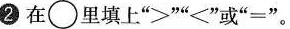
2 在\circ 里填上“>”“<”或”=”。